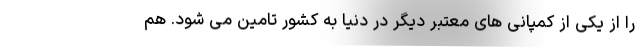
را از یکی از کمپانی های معتبر دیگر در دنیا به کشور تامین می شود. هم